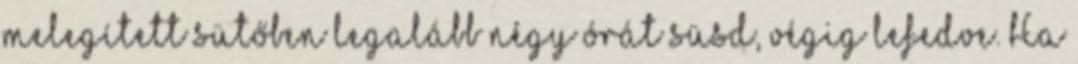
melegített sütőben legalább négy órát süsd, végig lefedve. Ha